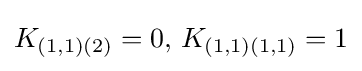
K_{(1,1)(2)}=0,\,K_{(1,1)(1,1)}=1